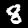
Digit: 8